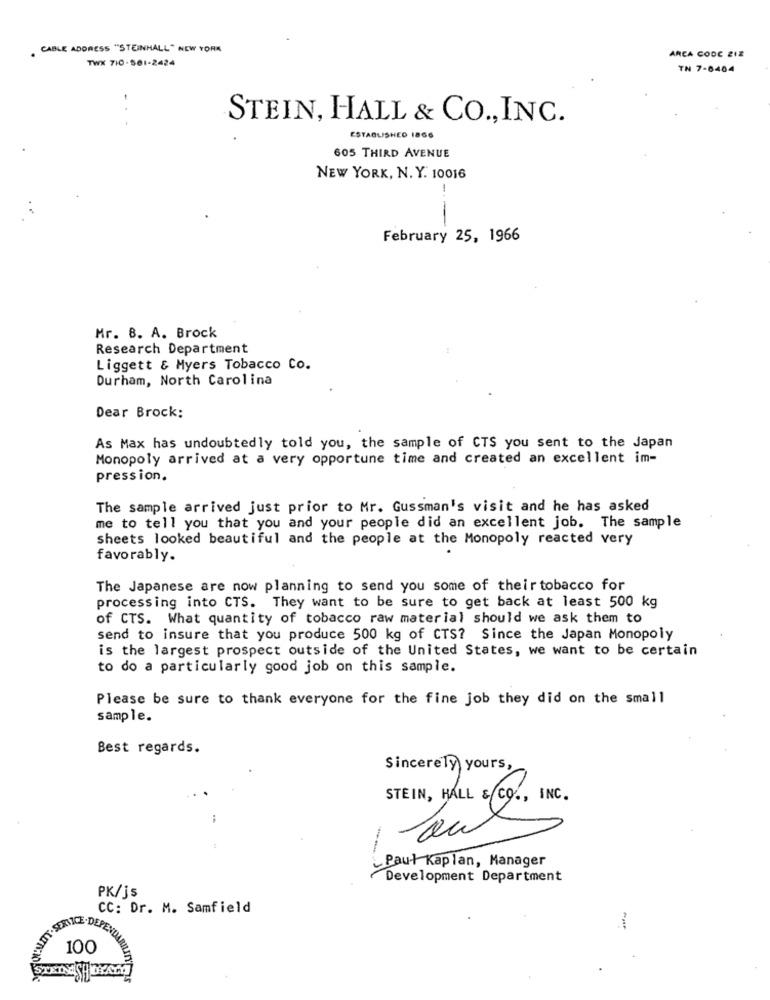
. CABLE ADDRESS "STEINHALL" NEW YORK
AREA CODE 212
TWX 710-561-2424
TN 7-8404
STEIN, HALL & CO ., INC.
ESTABLISHED 1866
605 THIRD AVENUE
NEW YORK, N. Y. 10016
1
February 25, 1966
Mr. B. A. Brock
Research Department
Liggett & Myers Tobacco Co.
Durham, North Carolina
Dear Brock:
As Max has undoubtedly told you, the sample of CTS you sent to the Japan
Monopoly arrived at a very opportune time and created an excellent im-
pression.
The sample arrived just prior to Mr. Gussman's visit and he has asked
me to tell you that you and your people did an excellent job. The sample
sheets looked beautiful and the people at the Monopoly reacted very
favorably.
The Japanese are now planning to send you some of their tobacco for
processing into CTS. They want to be sure to get back at least 500 kg
of CTS. What quantity of tobacco raw material should we ask them to
send to insure that you produce 500 kg of CTS? Since the Japan Monopoly
is the largest prospect outside of the United States, we want to be certain
to do a particularly good job on this sample.
Please be sure to thank everyone for the fine job they did on the small
sample.
Best regards.
Sincerely yours,
STEIN, HALL & CO ., INC.
Paul Kaplan, Manager
Development Department
PK/js
CC: Dr. M. Samfield
SERVICE.DEPEND
100